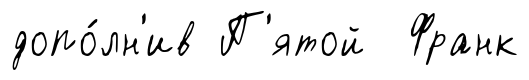
допо́лн'ив П'ятой Франк